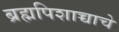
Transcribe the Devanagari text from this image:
ब्रह्मपिशाच्चाचे